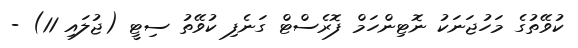
ކުވޭތުގެ މަހުޖަނަކު ނޮޓިންހަމް ފޮރެސްޓް ގަނެފި ކުވޭތު ސިޓީ (ޖުލައި 11) -